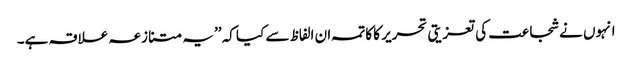
انہوں نے شجاعت کی تعزیتی تحریر کا کاتمہ ان الفاظ سے کیا کہ ’’یہ متنازعہ علاقہ ہے۔